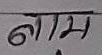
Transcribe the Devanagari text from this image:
नाम